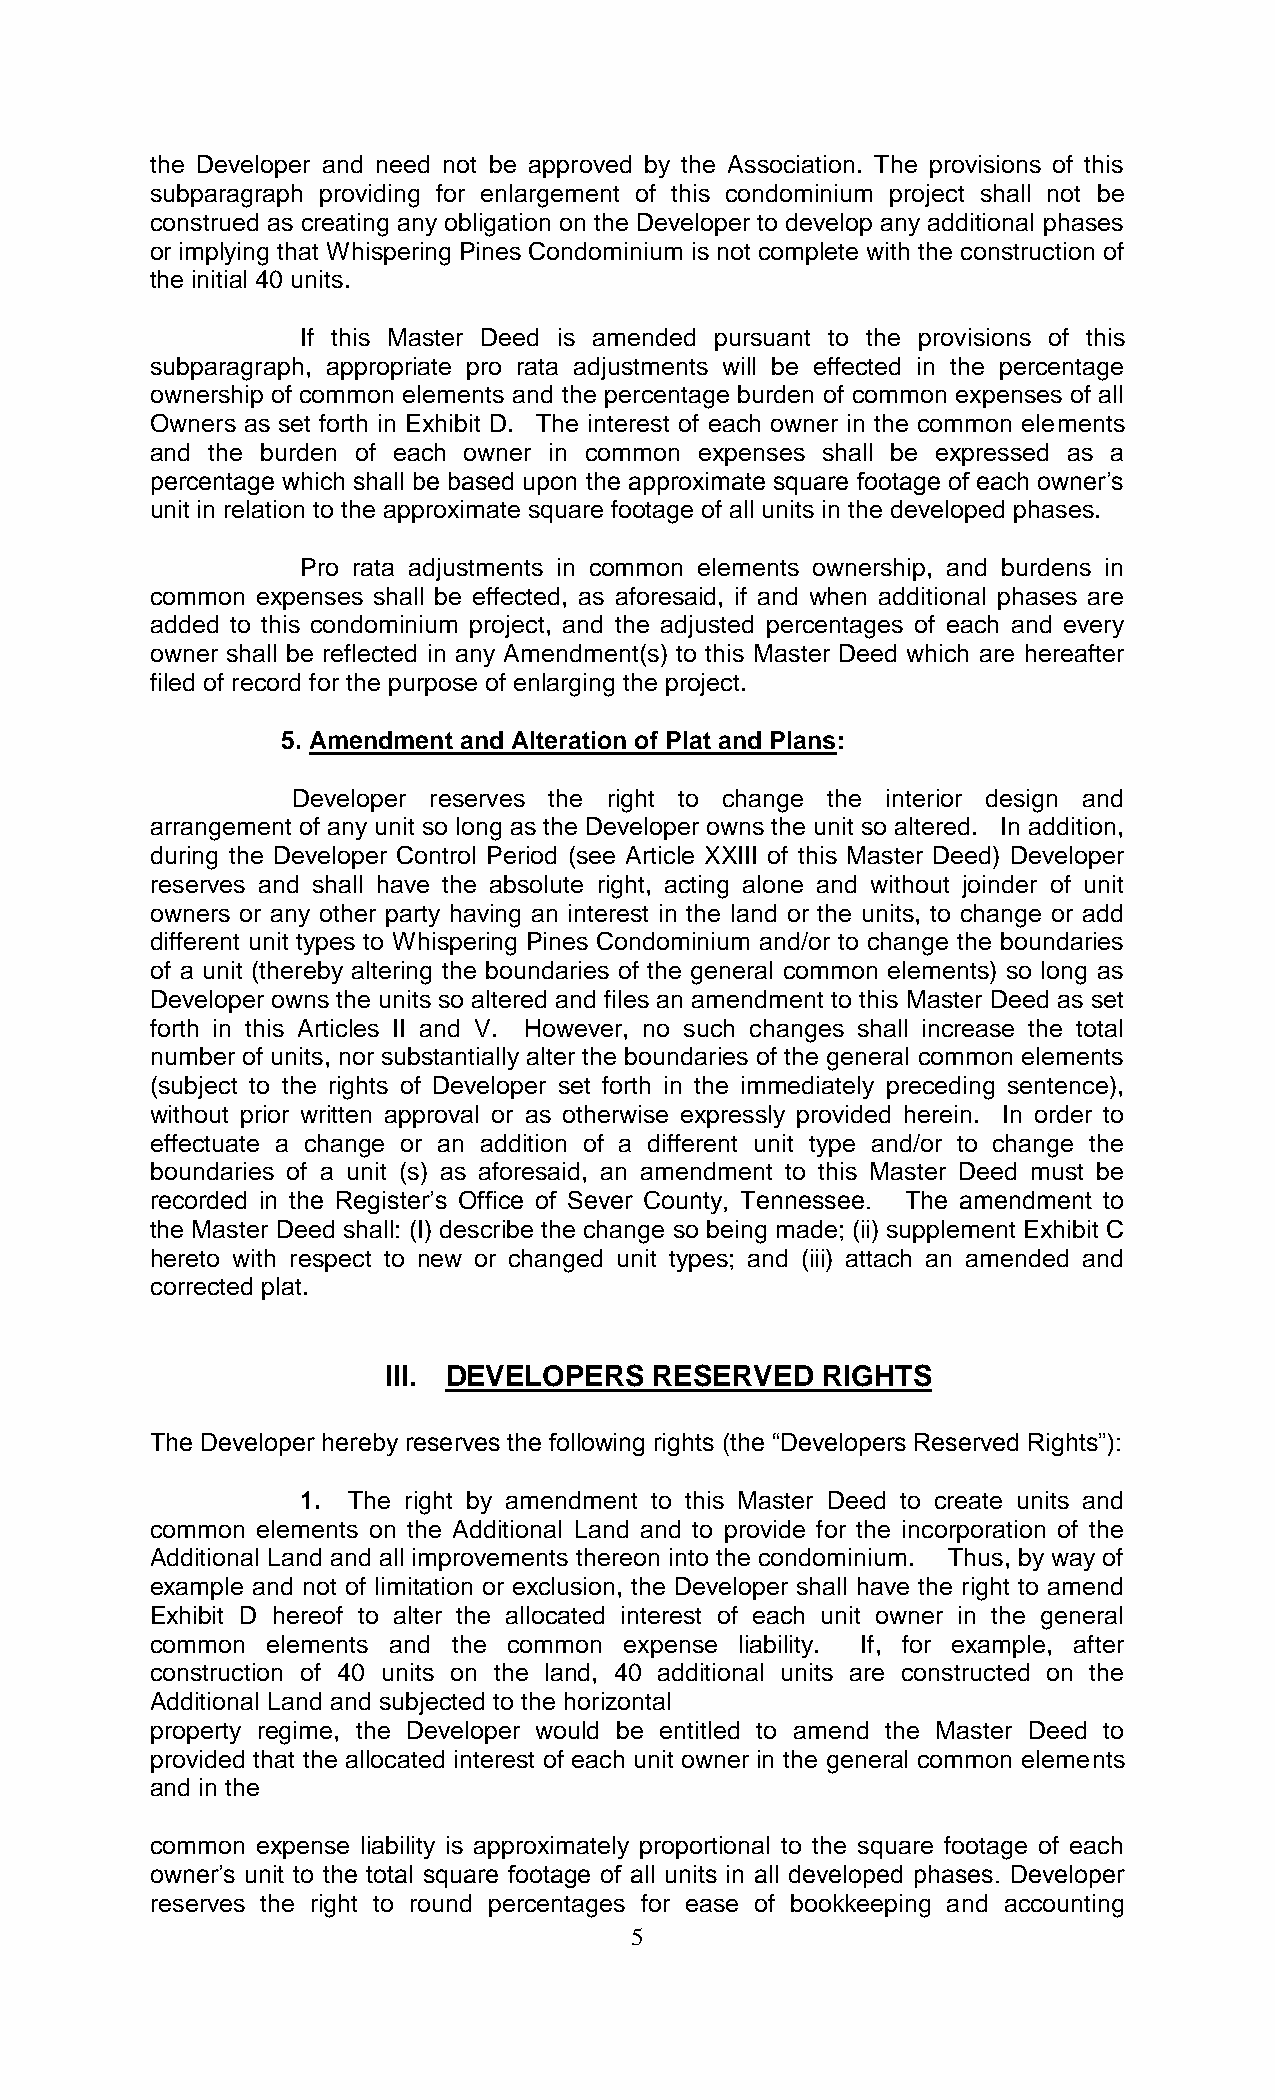
the Developer and need not be approved by the Association. The provisions of this
 subparagraph providing for enlargement of this condominium project shall not be
 construed as creating any obligation on the Developer to develop any additional phases
 or implying that Whispering Pines Condominium is not complete with the construction of
 the initial 40 units.
 If this Master Deed is amended pursuant to the provisions of this
 subparagraph, appropriate pro rata adjustments will be effected in the percentage
 ownership of common elements and the percentage burden of common expenses of all
 Owners as set forth in Exhibit D. The interest of each owner in the common elements
 and the burden of each owner in common expenses shall be expressed as a
 percentage which shall be based upon the approximate square footage of each owner’s
 unit in relation to the approximate square footage of all units in the developed phases.
 Pro rata adjustments in common elements ownership, and burdens in
 common expenses shall be effected, as aforesaid, if and when additional phases are
 added to this condominium project, and the adjusted percentages of each and every
 owner shall be reflected in any Amendment(s) to this Master Deed which are hereafter
 filed of record for the purpose of enlarging the project.
 5. Amendment and Alteration of Plat and Plans:
 Developer reserves the right to change the interior design and
 arrangement of any unit so long as the Developer owns the unit so altered. In addition,
 during the Developer Control Period (see Article XXIII of this Master Deed) Developer
 reserves and shall have the absolute right, acting alone and without joinder of unit
 owners or any other party having an interest in the land or the units, to change or add
 different unit types to Whispering Pines Condominium and/or to change the boundaries
 of a unit (thereby altering the boundaries of the general common elements) so long as
 Developer owns the units so altered and files an amendment to this Master Deed as set
 forth in this Articles II and V. However, no such changes shall increase the total
 number of units, nor substantially alter the boundaries of the general common elements
 (subject to the rights of Developer set forth in the immediately preceding sentence),
 without prior written approval or as otherwise expressly provided herein. In order to
 effectuate a change or an addition of a different unit type and/or to change the
 boundaries of a unit (s) as aforesaid, an amendment to this Master Deed must be
 recorded in the Register’s Office of Sever County, Tennessee. The amendment to
 the Master Deed shall: (I) describe the change so being made; (ii) supplement Exhibit C
 hereto with respect to new or changed unit types; and (iii) attach an amended and
 corrected plat.
 III. DEVELOPERS   RESERVED   RIGHTS
 The Developer hereby reserves the following rights (the “Developers Reserved Rights”):
 1. The right by amendment to this Master Deed to create units and
 common elements on the Additional Land and to provide for the incorporation of the
 Additional Land and all improvements thereon into the condominium. Thus, by way of
 example and not of limitation or exclusion, the Developer shall have the right to amend
 Exhibit D hereof to alter the allocated interest of each unit owner in the general
 common  elements and the common expense liability. If, for example, after
 construction of 40 units on the land, 40 additional units are constructed on the
 Additional Land and subjected to the horizontal
 property regime, the Developer would be entitled to amend the Master Deed to
 provided that the allocated interest of each unit owner in the general common elements
 and in the
 common expense liability is approximately proportional to the square footage of each
 owner’s unit to the total square footage of all units in all developed phases. Developer
 reserves the right to round percentages for ease of bookkeeping and accounting
 5